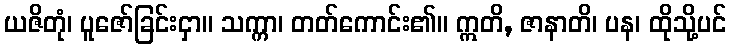
ယဇိတုံ၊ ပူဇော်ခြင်းငှာ။ သက္ကာ၊ တတ်ကောင်း၏။ ဣတိ, ဇာနာတိ၊ ပန၊ ထိုသို့ပင်